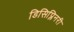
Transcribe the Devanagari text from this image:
डिसिप्लिनरी